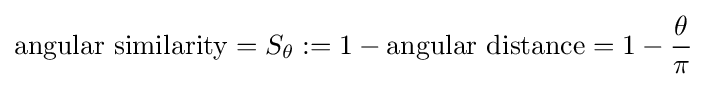
{\text{angular similarity}}=S_{\theta }:=1-{\text{angular distance}}=1-{\frac {\theta }{\pi }}